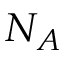
N _ { A }